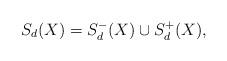
LaTeX: \begin{align*}S_d(X)=S_d^-(X) \cup S_d^+(X),\end{align*}